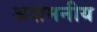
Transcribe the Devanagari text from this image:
अशमनीय